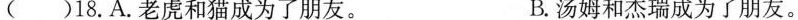
()18.A.老虎和猫成为了朋友。 B.汤姆和杰瑞成为了朋友。